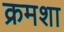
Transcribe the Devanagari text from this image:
क्रमशा